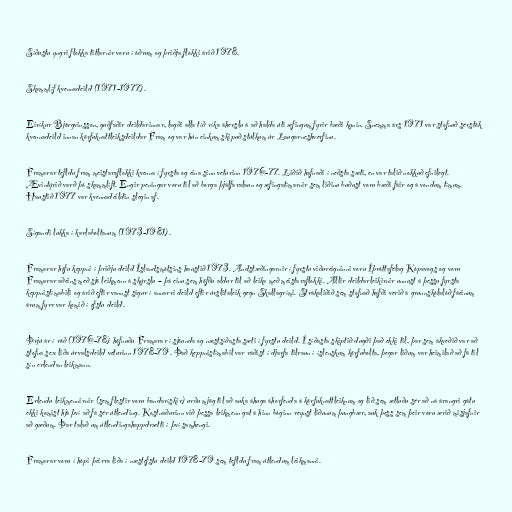
Síðustu yngri flokka titlarnir voru í öðrum og þriðja flokki árið 1978.

Skammlíf kvennadeild (1971-1977).

Eiríkur Björgvinsson, guðfaðir deildarinnar, lagði alla tíð ríka áherslu á að halda úti æfingum fyrir bæði kynin. Snemma árs 1971 var stofnuð sérstök
kvennadeild innan körfuknattleiksdeildar Fram og var hún einkum skipuð stúlkum úr Laugarneshverfinu.

Framarar tefldu fram meistaraflokki kvenna í fyrsta og eina sinn veturinn 1976-77. Liðið hafnaði í neðsta sæti, en var talið nokkuð efnilegt.
Ævintýrið varð þó skammlíft. Engir peningar voru til að borga þjálfaralaun og æfingatímarnir sem liðinu buðust voru bæði fáir og á vondum tímum.
Haustið 1977 var kvennadeildin slegin af.

Sígandi lukka í karlaboltanum (1973-1981).

Framarar hófu keppni í þriðju deild Íslandsmótsins haustið 1973. Andstæðingarnir í fyrstu viðureigninni voru Íþróttafélag Kópavogs og voru
Framarar aðeins með sjö leikmenn á skýrslu – þá einu sem höfðu aldur til að leika með meistaraflokki. Allir deildarleikirnir unnust á þessu fyrsta
keppnistímabili og árið eftir vannst sigur í annarri deild eftir úrslitaleik gegn Skallagrími. Strákaliðið sem stofnað hafði verið á grunnskólalóð fáeinum
árum fyrr var komið í efstu deild.

Þrjú ár í röð (1976-78) höfnuðu Framarar í sjöunda og næstsíðasta sæti í fyrstu deild. Í síðasta skiptið dugði það ekki til, þar sem ákveðið var að
stofna sex liða úrvalsdeild veturinn 1978-79. Það keppnistímabil var ráðist í djarfa tilraun í íslenskum körfubolta, þegar liðum var heimilað að fá til
sín erlendan leikmann.

Erlendu leikmennirnir (sem flestir voru bandarískir) urðu mjög til að auka áhuga áhorfenda á körfuknattleiknum og lið sem ætluðu sér að ná árangri gátu
ekki komist hjá því að fá sér útlending. Kostnaðurinn við þessa leikmenn gat á hinn bóginn reynst liðunum þungbær, auk þess sem þeir voru ærið misjafnir
að gæðum. Þar talað um útlendingahappdrætti í því samhengi.

Framarar voru í hópi þeirra liða í næstefstu deild 1978-79 sem tefldu fram útlendum leikmanni.